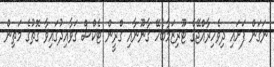
ނަގަން ފަށައި ދިވެހިރާއްޖޭގެ ޓޫރިޒަމާބެހޭ ޤާނޫނާއި ގްރީން ޓެކްސް ގަވާއިދުގައިވާ ގޮތުގެ މަތިން